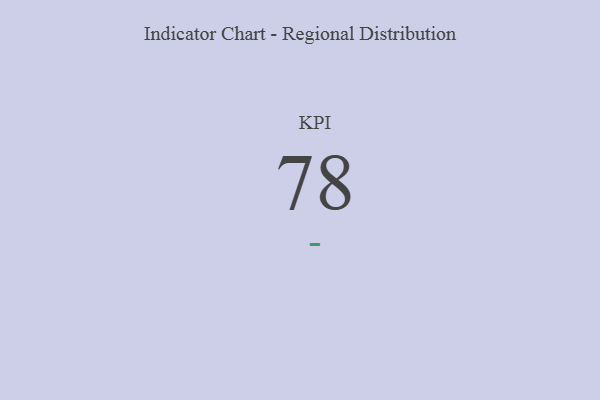
{"axis": {"x": "KPI", "y": "Value"}, "legend": [""], "data": [{"x": "KPI", "y": 78, "type": ""}]}